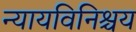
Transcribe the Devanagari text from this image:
न्यायविनिश्चय